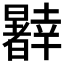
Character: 𰖹